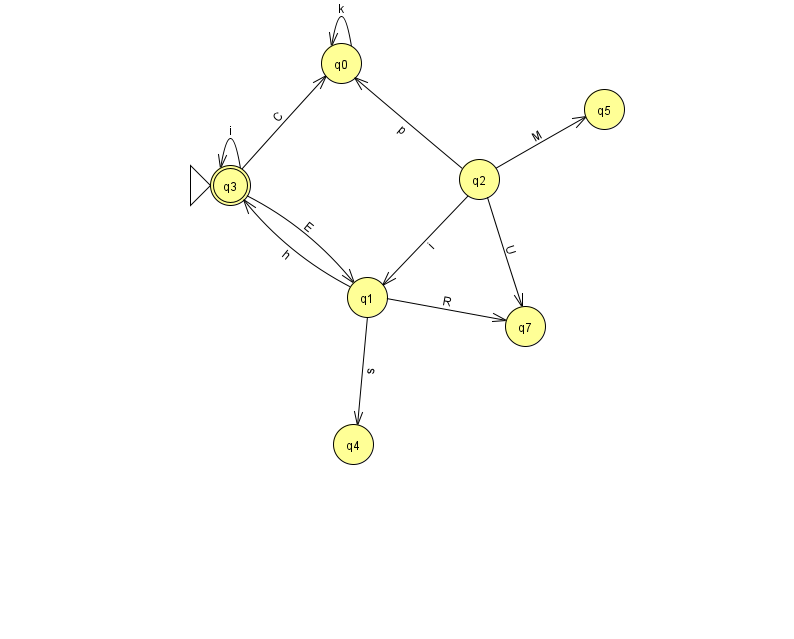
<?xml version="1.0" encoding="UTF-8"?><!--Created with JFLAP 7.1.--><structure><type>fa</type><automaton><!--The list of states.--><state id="0" name="q0"><x>341.0</x><y>50.0</y></state><state id="1" name="q1"><x>367.0</x><y>284.0</y></state><state id="2" name="q2"><x>479.0</x><y>166.0</y></state><state id="3" name="q3"><x>230.0</x><y>172.0</y><initial/><final/></state><state id="4" name="q4"><x>353.0</x><y>431.0</y></state><state id="5" name="q5"><x>604.0</x><y>96.0</y></state><state id="7" name="q7"><x>525.0</x><y>313.0</y></state><!--The list of transitions.--><transition><from>2</from><to>5</to><read>M</read></transition><transition><from>2</from><to>0</to><read>p</read></transition><transition><from>2</from><to>1</to><read>i</read></transition><transition><from>3</from><to>0</to><read>C</read></transition><transition><from>1</from><to>3</to><read>h</read></transition><transition><from>1</from><to>7</to><read>R</read></transition><transition><from>1</from><to>4</to><read>s</read></transition><transition><from>3</from><to>3</to><read>i</read></transition><transition><from>0</from><to>0</to><read>k</read></transition><transition><from>3</from><to>1</to><read>E</read></transition><transition><from>2</from><to>7</to><read>U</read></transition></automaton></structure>